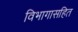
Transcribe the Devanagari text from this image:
विभागासहित